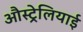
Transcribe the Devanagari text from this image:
औस्ट्रेलियाई